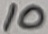
Text: 10